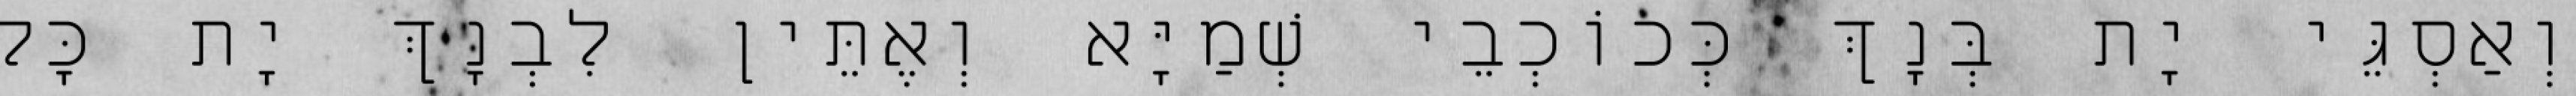
וְאַסְגֵּי יָת בְּנָךְ כְּכוֹכְבֵי שְׁמַיָּא וְאֶתֵּין לִבְנָךְ יָת כָּל